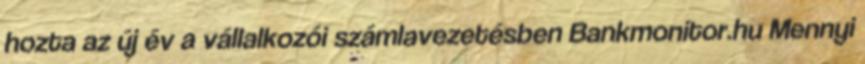
hozta az új év a vállalkozói számlavezetésben Bankmonitor.hu Mennyi